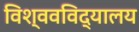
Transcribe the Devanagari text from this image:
विश्ववविद्यालय